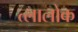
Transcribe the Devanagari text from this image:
त्लालोक